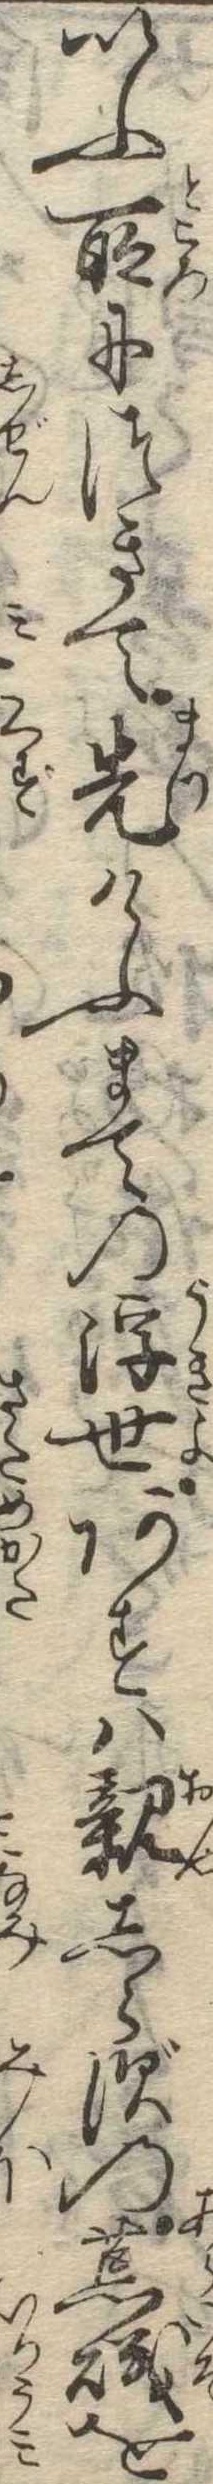
いふ所につきて先けふまての浮世あすは親しらずの荒磯を